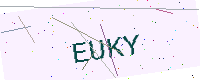
Text: EUKY